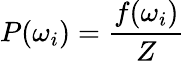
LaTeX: P(\omega_{i})=\frac{f(\omega_{i})}{Z}